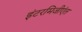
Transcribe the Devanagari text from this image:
इंटरमिजीएंत